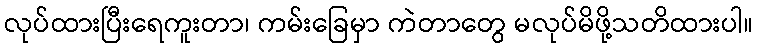
လုပ်ထားပြီးရေကူးတာ၊ ကမ်းခြေမှာ ကဲတာတွေ မလုပ်မိဖို့သတိထားပါ။